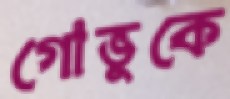
গোভুকে